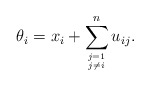
\begin{align*}\theta_i=x_i+\sum_{j=1 \atop j \not=i}^{n} u_{ij}.\end{align*}